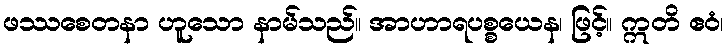
ဖဿစေတနာ ဟူသော နာမ်သည်။ အာဟာရပစ္စယေန၊ ဖြင့်။ ဣတိ ဧဝံ၊